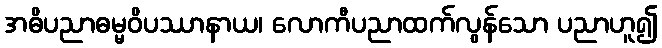
အဓိပညာဓမ္မဝိပဿာနာယ၊ လောကီပညာထက်လွန်သော ပညာဟူ၍